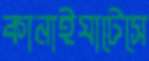
কানাইঘাটেসে